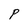
Character: P